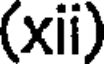
(xii)